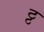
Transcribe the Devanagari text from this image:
ठ्ठ